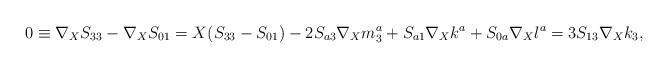
LaTeX: \begin{align*}0\equiv\nabla_{X}S_{33}-\nabla_{X}S_{01}=X(S_{33}-S_{01}) -2S_{a3}\nabla_{X}m_{3}^{a}+S_{a1}\nabla_{X}k^{a}+S_{0a}\nabla_{X}l^{a} =3S_{13}\nabla_{X}k_{3},\end{align*}